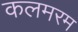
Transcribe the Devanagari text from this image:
कलमरम